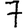
Digit: 7